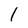
Character: 1